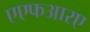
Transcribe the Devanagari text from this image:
एएफआरए